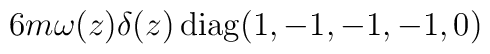
6 m\omega (z) \delta (z)\,{\rm diag} (1,-1,-1,-1,0)